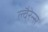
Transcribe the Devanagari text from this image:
ल्वैरेन्स